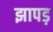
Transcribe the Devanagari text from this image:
झापड़